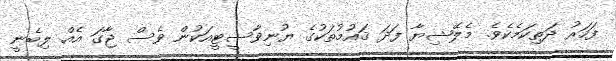
ފަހަރު ދަތިކަމެކެވެ. މެލޭޝިޔާ ފަދަ ޤައުމުތަކުގެ ޔުނިވާސީޓީއަކުން ވެސް ޖާގަ އެއް ލިބެނީ